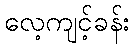
လေ့ကျင့်ခန်း